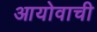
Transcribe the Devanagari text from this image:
आयोवाची